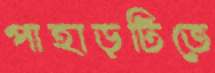
পাহাড়টিতে